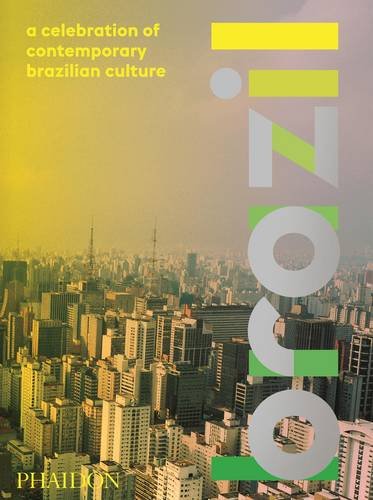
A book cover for Brazil: A Celebration of Contemporary Brazilian Culture; Rodrigo Fernandes da Fonseca; Travel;